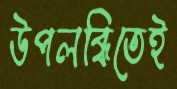
উপলব্ধিতেই